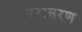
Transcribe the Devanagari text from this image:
पुरःसरण